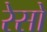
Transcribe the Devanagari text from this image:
रेसो